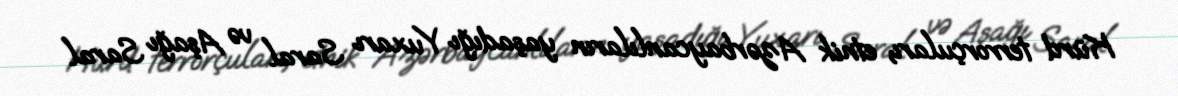
Kürd terrorçuları, etnik Azərbaycanlıların yaşadığı Yuxarı Saral və Aşağı Saral